Problem: 38 + 22 = ?
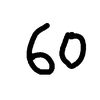
Handwritten answer: 60